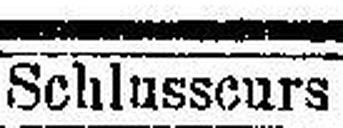
Schlusscurs